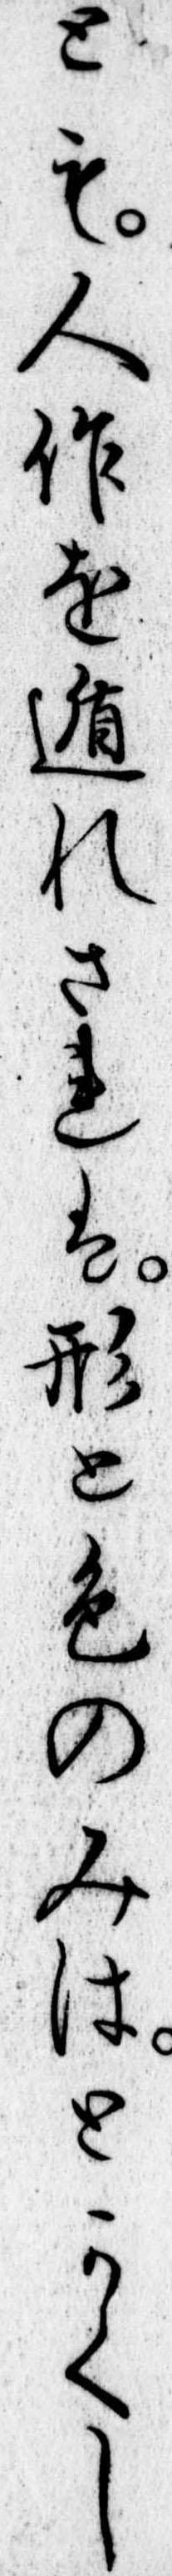
とも人作を遁れされは形と色のみはとかくし